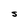
Character: S